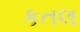
કતલ